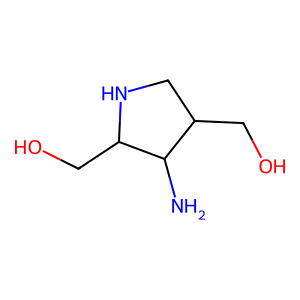
SMILES: NC1C(CO)CNC1CO
Inhibits HIV replication: No